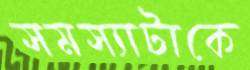
সমস্যাটাকে